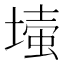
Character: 𡐉